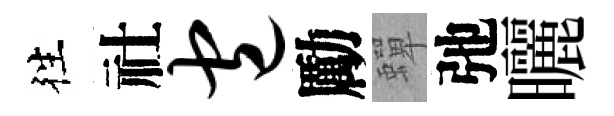
徃社包勵蟬弛曬